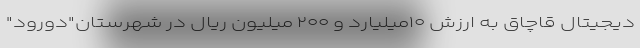
دیجیتال قاچاق به ارزش ۱۰میلیارد و ۲۰۰ میلیون ریال در شهرستان"دورود"